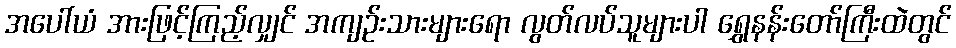
အပေါ်ယံ အားဖြင့်ကြည့်လျှင် အကျဉ်းသားများရော လွတ်လပ်သူများပါ ရွှေနန်းတော်ကြီးထဲတွင်